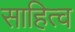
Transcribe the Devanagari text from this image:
साहित्व